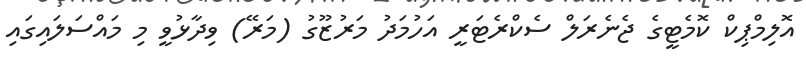
އޮލިމްޕިކް ކޮމެޓީގެ ޖެނެރަލް ސެކްރެޓަރީ އަހުމަދު މަރުޒޫގު (މަރޭ) ވިދާޅުވީ މި މައްސަލައިގައި